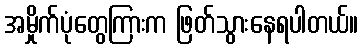
အမှိုက်ပုံတွေကြားက ဖြတ်သွားနေရပါတယ်။